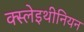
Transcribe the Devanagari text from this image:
क्स्लेइथीनियन